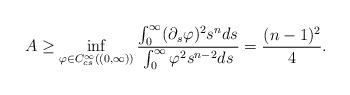
LaTeX: \begin{align*}A\geq \inf_{\varphi\in C^{\infty}_{cs}((0,\infty))}\frac{\int_{0}^{\infty} (\partial_s\varphi)^2s^nds}{\int_{0}^{\infty} \varphi^2s^{n-2}ds}=\frac{(n-1)^2}{4}.\end{align*}